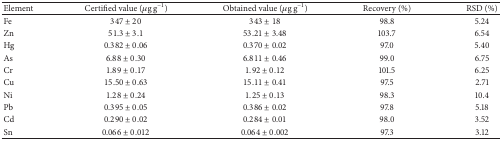
<table><thead><tr><td><b>Element</b></td><td><b>Certified value (<i>μ</i>g g<sup>−1</sup>)</b></td><td><b>Obtained value (<i>μ</i>g g<sup>−1</sup>)</b></td><td><b>Recovery (%)</b></td><td><b> RSD (%)</b></td></tr></thead><tbody><tr><td>Fe</td><td>347 ± 20</td><td>343 ± 18</td><td>98.8</td><td>5.24</td></tr><tr><td>Zn</td><td>51.3 ± 3.1</td><td>53.21 ± 3.48</td><td>103.7</td><td>6.54</td></tr><tr><td>Hg</td><td>0.382 ± 0.06</td><td>0.370 ± 0.02</td><td>97.0</td><td>5.40</td></tr><tr><td>As</td><td>6.88 ± 0.30</td><td>6.811 ± 0.46</td><td>99.0</td><td>6.75</td></tr><tr><td>Cr</td><td>1.89 ± 0.17</td><td>1.92 ± 0.12</td><td>101.5</td><td>6.25</td></tr><tr><td>Cu</td><td>15.50 ± 0.63</td><td>15.11 ± 0.41</td><td>97.5</td><td>2.71</td></tr><tr><td>Ni</td><td>1.28 ± 0.24</td><td>1.25 ± 0.13</td><td>98.3</td><td>10.4</td></tr><tr><td>Pb</td><td>0.395 ± 0.05</td><td>0.386 ± 0.02</td><td>97.8</td><td>5.18</td></tr><tr><td>Cd</td><td>0.290 ± 0.02</td><td>0.284 ± 0.01</td><td>98.0</td><td>3.52</td></tr><tr><td>Sn</td><td>0.066 ± 0.012</td><td>0.064 ± 0.002</td><td>97.3</td><td>3.12</td></tr></tbody></table>